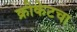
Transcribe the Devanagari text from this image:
क्रीकेटचा